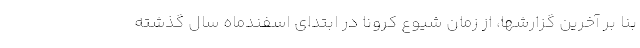
بنا بر آخرین گزارشها، از زمان شیوع کرونا در ابتدای اسفندماه سال گذشته